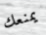
يمنعك